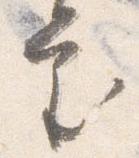
審